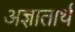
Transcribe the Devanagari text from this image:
अज्ञातार्थ